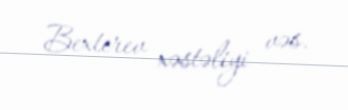
Bexterev xəstəliyi vəs.